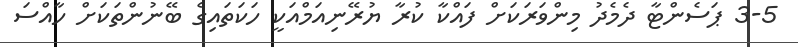
3-5 ޕަސެންޓާ ދެމެދު މިންވަރަކަށް ފައްކާ ކުރާ ޔުރޭނިއަމްއަކީ ހަކަތައިގެ ބޭނުންތަކަށް ހާއްސަ